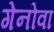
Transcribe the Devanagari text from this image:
गेनोवा